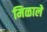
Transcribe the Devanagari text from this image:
मिळालेे